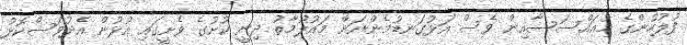
ފުލުހުންގެ މުއައްސަސާއިން ވެސް އަޅުގަނޑުމެންނަށް މައުލޫމާތު ދިނީ ކުށުގެ ވެށީގައި އުޅުން އެދުވަސްކޮޅު